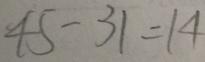
4 5 - 3 1 = 1 4